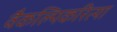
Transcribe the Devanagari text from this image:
वैकल्पिकरित्या